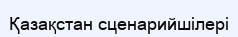
Қазақстан сценарийшілері